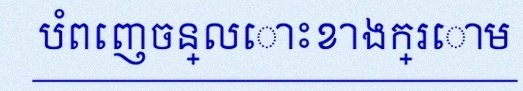
បំពេញចន្លោះខាងក្រោម